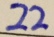
2 2